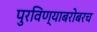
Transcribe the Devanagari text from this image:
पुरविण्याबरोबरच